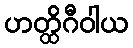
ဟတ္ထိဂီဝါယ